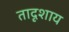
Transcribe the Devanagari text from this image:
तादृशाय